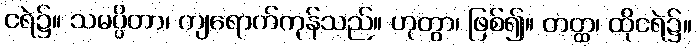
ငရဲ၌။ သမပ္ပိတာ၊ ကျရောက်ကုန်သည်။ ဟုတွာ၊ ဖြစ်၍။ တတ္ထ၊ ထိုငရဲ၌။